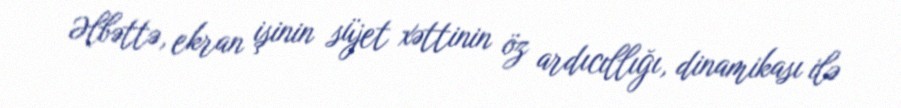
Əlbəttə, ekran işinin süjet xəttinin öz ardıcıllığı, dinamikası ilə